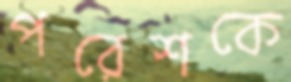
পরেশকে